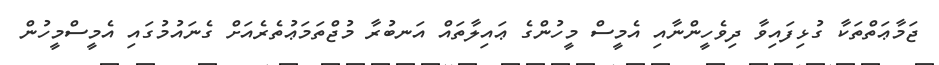
ޖަމާޢަތްތަކާ ގުޅިފައިވާ ދިވެހީންނާއި އެމީސް މީހުންގެ ޢައިލާތައް އަނބުރާ މުޖްތަމަޢުތެރެއަށް ގެނައުމުގައި އެމީސްމީހުން